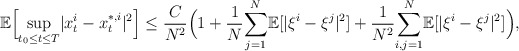
\begin{align*}\mathbb{E}\Big[\underset{t_0\leq t\leq T}{\sup}|x_t^i-x_t^{*,i}|^2\Big]\leq\frac{C}{N^2}\Big(1+\frac{1}{N}\underset{j=1}{\overset{N}\sum}\mathbb{E}[|\xi^i-\xi^j|^2]+\frac{1}{N^2}\underset{i,j=1}{\overset{N}{\sum}}\mathbb{E}[|\xi^{i}-\xi^{j}|^2]\Big),\end{align*}